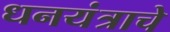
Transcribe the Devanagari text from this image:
धनयंत्राचे